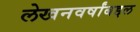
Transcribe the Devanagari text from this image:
लेखनवर्षांबद्दल